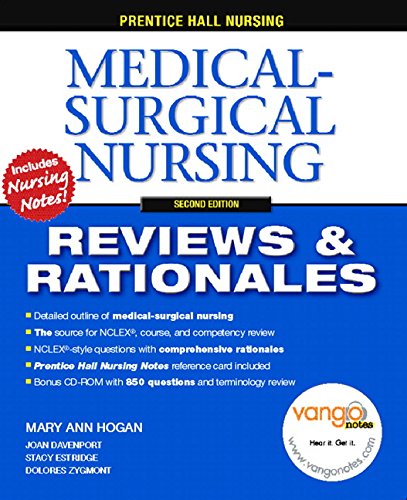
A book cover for Prentice-Hall Nursing Reviews & Rationales: Medical-Surgical Nursing, 2nd Edition; Mary Ann Hogan; Medical Books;